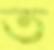
ত